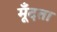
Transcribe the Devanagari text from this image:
मूँदता